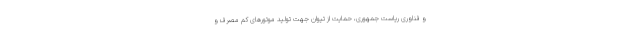
و فناوری ریاست جمهوری، حمایت از تیوان جهت تولید موتورهای کم مصرف و